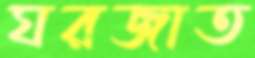
ঘরজাত